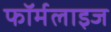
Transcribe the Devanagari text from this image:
फॉर्मलाइज